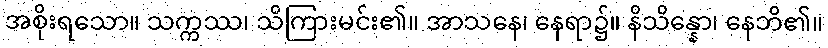
အစိုးရသော။ သက္ကဿ၊ သိကြားမင်း၏။ အာသနေ၊ နေရာ၌။ နိသိန္နော၊ နေဘိ၏။